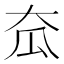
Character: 𡗷